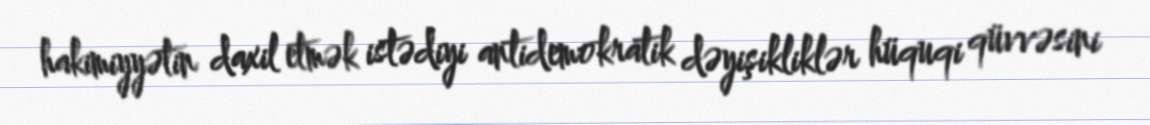
hakimiyyətin daxil etmək istədiyi antidemokratik dəyişikliklər hüquqi qüvvəsini